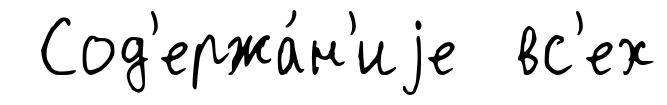
Сод'ержа́н'иjе вс'ех